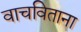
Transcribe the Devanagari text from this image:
वाचविताना